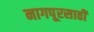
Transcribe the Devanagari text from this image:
नागपूरसाठी